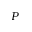
P